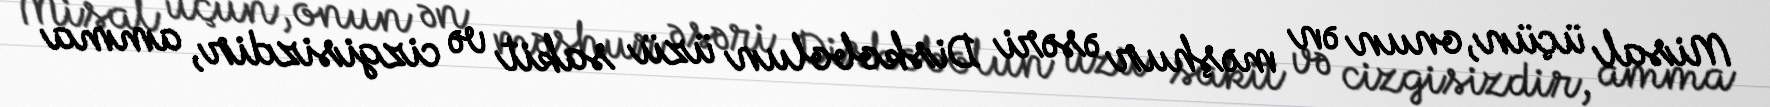
Misal üçün, onun ən məşhur əsəri Diskobolun üzü sakit və cizgisizdir, amma